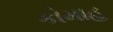
કોમાહ